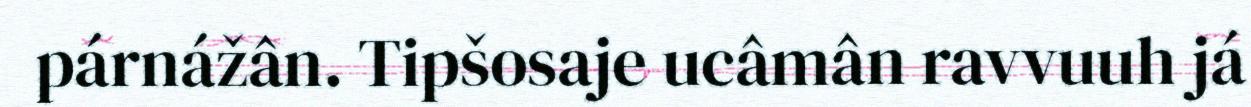
párnážân. Tipšosaje ucâmân ravvuuh já